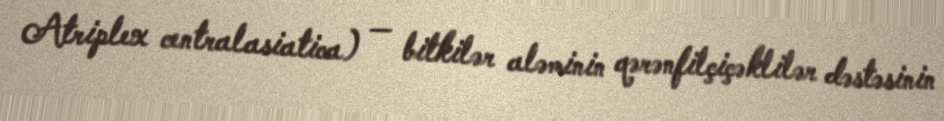
Atriplex centralasiatica) — bitkilər aləminin qərənfilçiçəklilər dəstəsinin